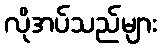
လိုအပ်သည်များ